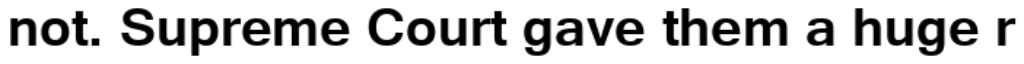
not. Supreme Court gave them a huge r